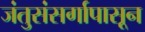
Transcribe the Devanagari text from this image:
जंतुसंसर्गापासून